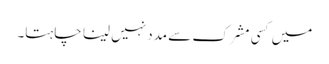
میں کسی مشرک سے مدد نہیں لینا چاہتا۔